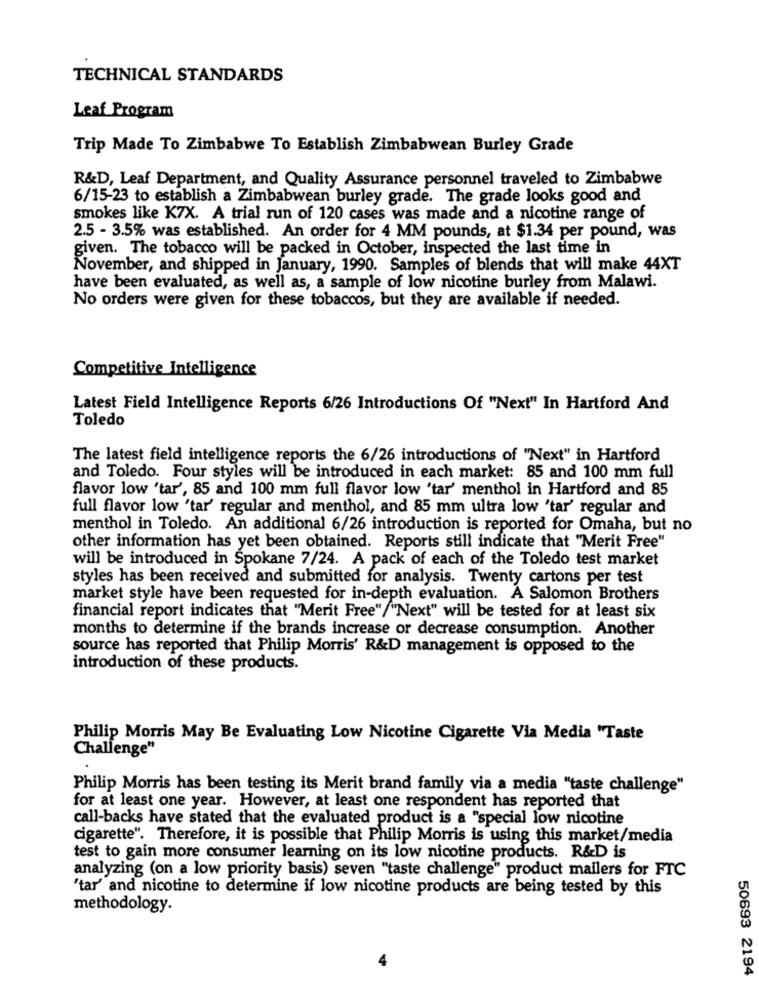
TECHNICAL STANDARDS
Leaf Program
Trip Made To Zimbabwe To Establish Zimbabwean Burley Grade
R&D, Leaf Department, and Quality Assurance personnel traveled to Zimbabwe
6/15-23 to establish a Zimbabwean burley grade. The grade looks good and
smokes like K7X. A trial run of 120 cases was made and a nicotine range of
2.5 - 3.5% was established. An order for 4 MM pounds, at $1.34 per pound, was
given. The tobacco will be packed in October, inspected the last time in
November, and shipped in January, 1990. Samples of blends that will make 44XT
have been evaluated, as well as, a sample of low nicotine burley from Malawi.
No orders were given for these tobaccos, but they are available if needed.
Competitive Intelligence
Latest Field Intelligence Reports 6/26 Introductions Of "Next" In Hartford And
Toledo
The latest field intelligence reports the 6/26 introductions of "Next" in Hartford
and Toledo. Four styles will be introduced in each market: 85 and 100 mm full
flavor low 'tar', 85 and 100 mm full flavor low 'tar' menthol in Hartford and 85
full flavor low 'tar' regular and menthol, and 85 mm ultra low 'tar' regular and
menthol in Toledo. An additional 6/26 introduction is reported for Omaha, but no
other information has yet been obtained. Reports still indicate that "Merit Free"
will be introduced in Spokane 7/24. A pack of each of the Toledo test market
styles has been received and submitted for analysis. Twenty cartons per test
market style have been requested for in-depth evaluation. A Salomon Brothers
financial report indicates that "Merit Free"/"Next" will be tested for at least six
months to determine if the brands increase or decrease consumption. Another
source has reported that Philip Morris' R&D management is opposed to the
introduction of these products.
Philip Morris May Be Evaluating Low Nicotine Cigarette Via Media "Taste
Challenge"
Philip Morris has been testing its Merit brand family via a media "taste challenge"
for at least one year. However, at least one respondent has reported that
call-backs have stated that the evaluated product is a "special low nicotine
cigarette". Therefore, it is possible that Philip Morris is using this market/media
test to gain more consumer learning on its low nicotine products. R&D is
analyzing (on a low priority basis) seven "taste challenge" product mailers for FTC
'tar' and nicotine to determine if low nicotine products are being tested by this
methodology.
50693 2194